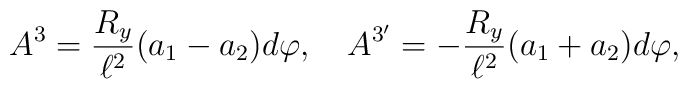
A^3 = {R_y \over \ell^2} (a_1-a_2) d\varphi, \quad A^{3'} = - {R_y \over \ell^2} (a_1+a_2) d\varphi,